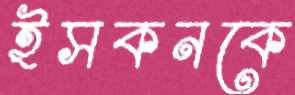
ইসকনকে